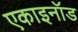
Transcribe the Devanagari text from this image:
एकाइनॉड